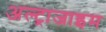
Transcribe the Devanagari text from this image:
अल्ट्राजाइम